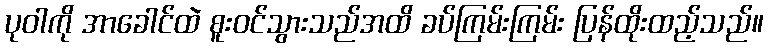
ပုဝါကို အာခေါင်ထဲ စူးဝင်သွားသည်အထိ ခပ်ကြမ်းကြမ်း ပြန်ထိုးထည့်သည်။